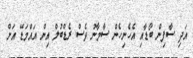
އަދި ސާފިން ބޯޑާއި އެހެނިހެން ސާމާނު ވެސް ރެޑްބުލް އިން އައްމަޑޭ އަށް